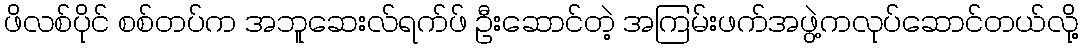
ဖိလစ်ပိုင် စစ်တပ်က အဘူဆေးလ်ရက်ဖ် ဦးဆောင်တဲ့ အကြမ်းဖက်အဖွဲ့ကလုပ်ဆောင်တယ်လို့